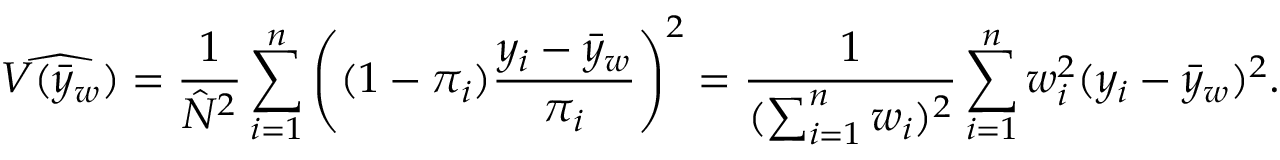
{ \widehat { V ( { \bar { y } } _ { w } ) } } = { \frac { 1 } { { \hat { N } } ^ { 2 } } } \sum _ { i = 1 } ^ { n } \left( ( 1 - \pi _ { i } ) { \frac { y _ { i } - { \bar { y } } _ { w } } { \pi _ { i } } } \right) ^ { 2 } = { \frac { 1 } { ( \sum _ { i = 1 } ^ { n } w _ { i } ) ^ { 2 } } } \sum _ { i = 1 } ^ { n } w _ { i } ^ { 2 } ( y _ { i } - { \bar { y } } _ { w } ) ^ { 2 } .